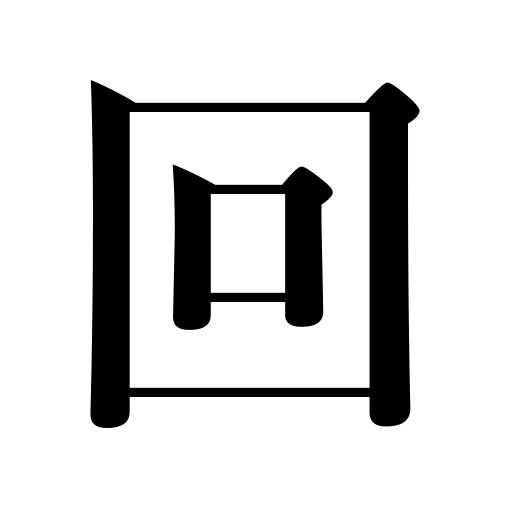
Meanings: time,inning,bout,take effect medicine,go around,pass around,refer to,patrol,transfer,game,tour,turn,be past time,round,forward,and,transmit,be distributed,circularize,revolve,spin,be transferred,gyrate,innings,lend money,heat,rotate